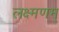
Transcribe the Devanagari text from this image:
लक्ष्मणम्